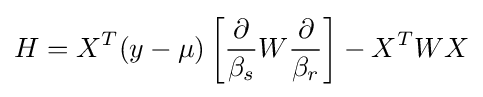
H=X^{T}(y-\mu )\left[{\frac {\partial }{\beta _{s}}}W{\frac {\partial }{\beta _{r}}}\right]-X^{T}WX